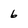
Character: 6